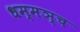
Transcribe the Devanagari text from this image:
धम्मञ्च